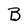
Character: B